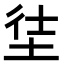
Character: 𡋩